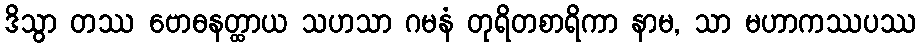
ဒိသွာ တဿ ဗောဓနတ္ထာယ သဟသာ ဂမနံ တုရိတစာရိကာ နာမ, သာ မဟာကဿပဿ